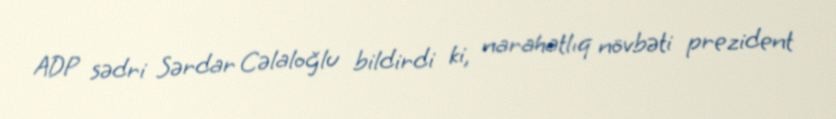
ADP sədri Sərdar Cəlaloğlu bildirdi ki, narahatlıq növbəti prezident